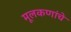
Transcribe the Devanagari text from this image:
मूलकणांचे